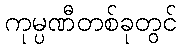
ကုမ္ပဏီတစ်ခုတွင်